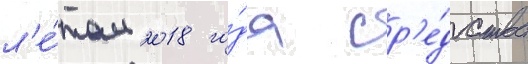
л'е́том 2018 го́да ср'е́дства